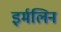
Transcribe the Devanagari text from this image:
इर्मलिन